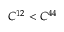
C ^ { 1 2 } < C ^ { 4 4 }